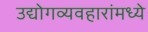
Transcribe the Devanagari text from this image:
उद्योगव्यवहारांमध्ये